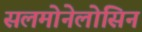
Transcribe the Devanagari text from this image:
सलमोनेलोसिन